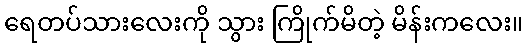
ရေတပ်သားလေးကို သွား ကြိုက်မိတဲ့ မိန်းကလေး။